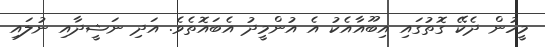
މީހުން ދެކޭ ގޮތުގައި އިބޫއާއެކު އެ އުންމީދު އެބައޮތެވެ. އަދި ނަޝީދާއި ނުލައި